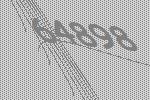
64898